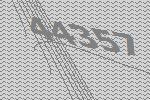
44357